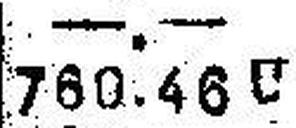
760.46 U